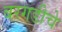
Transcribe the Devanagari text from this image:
बरगडीचे